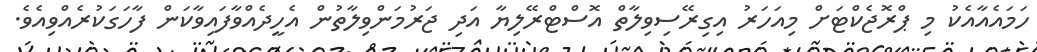
ހަމައެއާއެކު މި ޕްރޮޖެކްޓަށް މިއަހަރު އިގިރޭސިވިލާތް އޮސްޓްރޭލިޔާ އަދި ޖަރުމަންވިލާތުން އެހީދެއްވާފައިވާކަން ފާހަގަކުރެއްވިއެވެ.